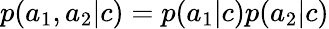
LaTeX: p(a_{1},a_{2}|c)=p(a_{1}|c)p(a_{2}|c)